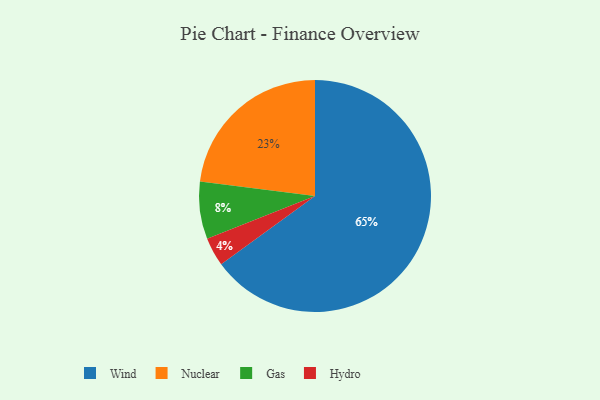
{"axis": {"x": "Category", "y": "Percentage"}, "legend": ["Gas", "Hydro", "Nuclear", "Wind"], "data": [{"x": "Wind", "y": 65, "type": "Wind"}, {"x": "Nuclear", "y": 23, "type": "Nuclear"}, {"x": "Gas", "y": 8, "type": "Gas"}, {"x": "Hydro", "y": 4, "type": "Hydro"}]}